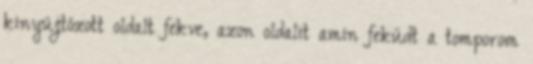
kinyújtózott oldalt fekve, azon oldalit amin feküdt a tomporom